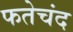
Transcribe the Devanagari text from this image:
फतेचंद